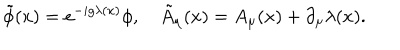
LaTeX: \tilde { \phi } ( x ) = e ^ { - i g \lambda ( x ) } \phi , \quad \tilde { A } _ { \mu } ( x ) = A _ { \mu } ( x ) + \partial _ { \mu } \lambda ( x ) .